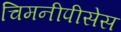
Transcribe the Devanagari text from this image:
चिमनीपीसेस